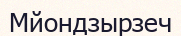
Мйондзырзеч